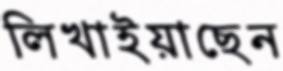
লিখাইয়াছেন